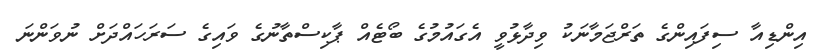
އިންޑިއާ ސިފައިންގެ ތަރްޖަމާނަކު ވިދާޅުވީ އެގައުމުގެ ބޯޓެއް ޕާކިސްތާނުގެ ވައިގެ ސަރަހައްދަށް ނުވަންނަ